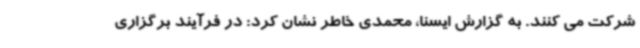
شرکت می کنند. به گزارش ایسنا، محمدی خاطر نشان کرد: در فرآیند برگزاری